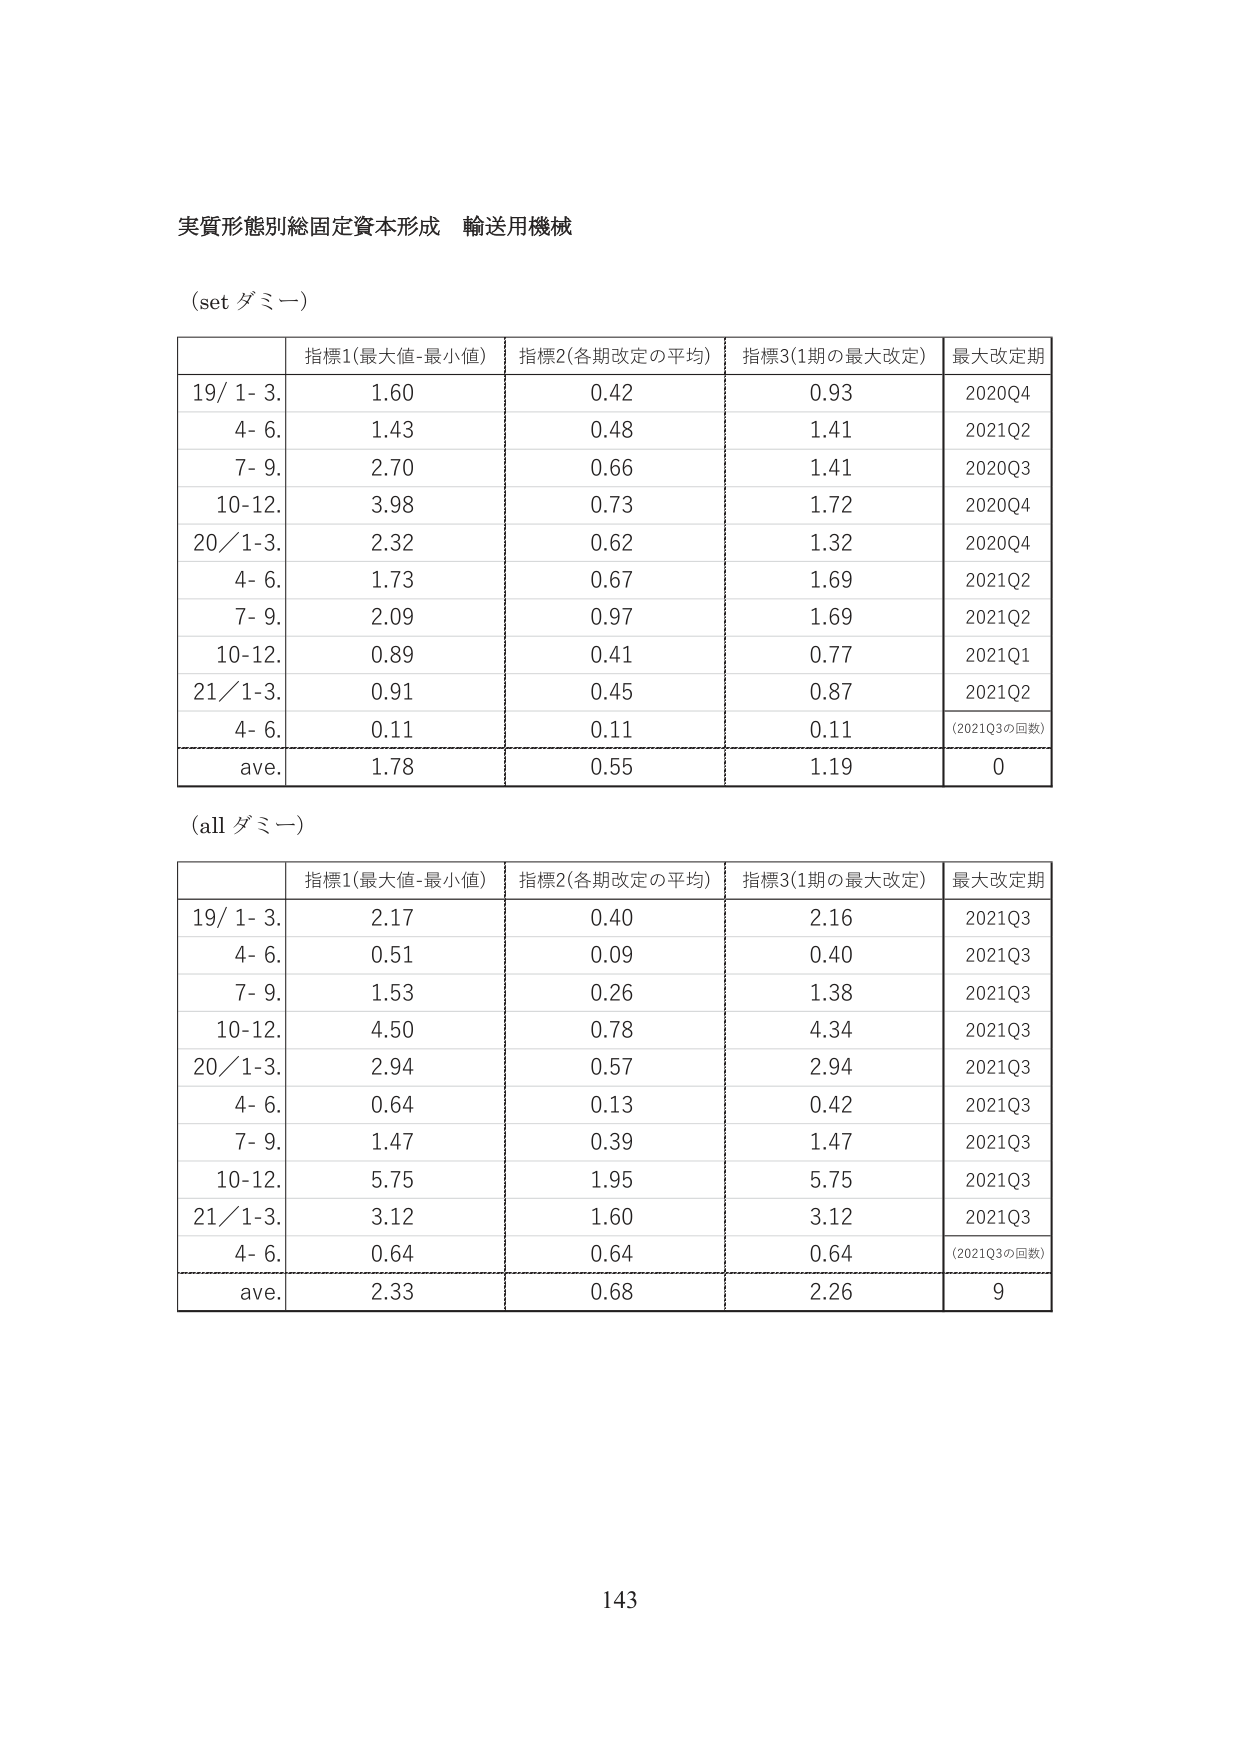
実質形態別総固定資本形成 輸送用機械

(set ダミー)

| | 指標1(最大値-最小値) | 指標2(各期改定の平均) | 指標3(1期の最大改定) | 最大改定期 |
|---|---|---|---|---|
| 19/ 1- 3. | 1.60 | 0.42 | 0.93 | 2020Q4 |
| 4- 6. | 1.43 | 0.48 | 1.41 | 2021Q2 |
| 7- 9. | 2.70 | 0.66 | 1.41 | 2020Q3 |
| 10-12. | 3.98 | 0.73 | 1.72 | 2020Q4 |
| 20/1-3. | 2.32 | 0.62 | 1.32 | 2020Q4 |
| 4- 6. | 1.73 | 0.67 | 1.69 | 2021Q2 |
| 7- 9. | 2.09 | 0.97 | 1.69 | 2021Q2 |
| 10-12. | 0.89 | 0.41 | 0.77 | 2021Q1 |
| 21/1-3. | 0.91 | 0.45 | 0.87 | 2021Q2 |
| 4- 6. | 0.11 | 0.11 | 0.11 | (2021Q3の回数) |
| ave. | 1.78 | 0.55 | 1.19 | 0 |

(all ダミー)

| | 指標1(最大値-最小値) | 指標2(各期改定の平均) | 指標3(1期の最大改定) | 最大改定期 |
|---|---|---|---|---|
| 19/ 1- 3. | 2.17 | 0.40 | 2.16 | 2021Q3 |
| 4- 6. | 0.51 | 0.09 | 0.40 | 2021Q3 |
| 7- 9. | 1.53 | 0.26 | 1.38 | 2021Q3 |
| 10-12. | 4.50 | 0.78 | 4.34 | 2021Q3 |
| 20/1-3. | 2.94 | 0.57 | 2.94 | 2021Q3 |
| 4- 6. | 0.64 | 0.13 | 0.42 | 2021Q3 |
| 7- 9. | 1.47 | 0.39 | 1.47 | 2021Q3 |
| 10-12. | 5.75 | 1.95 | 5.75 | 2021Q3 |
| 21/1-3. | 3.12 | 1.60 | 3.12 | 2021Q3 |
| 4- 6. | 0.64 | 0.64 | 0.64 | (2021Q3の回数) |
| ave. | 2.33 | 0.68 | 2.26 | 9 |

143